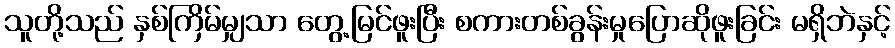
သူတို့သည် နှစ်ကြိမ်မျှသာ တွေ့မြင်ဖူးပြီး စကားတစ်ခွန်းမှုပြောဆိုဖူးခြင်း မရှိဘဲနှင့်